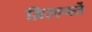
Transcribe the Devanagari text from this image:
ब्रिल्ल्स्तें